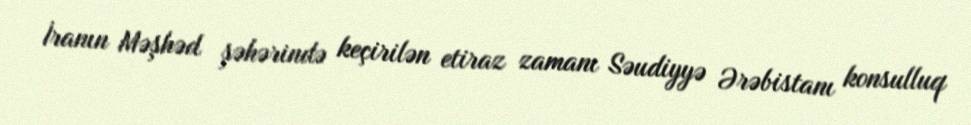
İranın Məşhəd şəhərində keçirilən etiraz zamanı Səudiyyə Ərəbistanı konsulluq